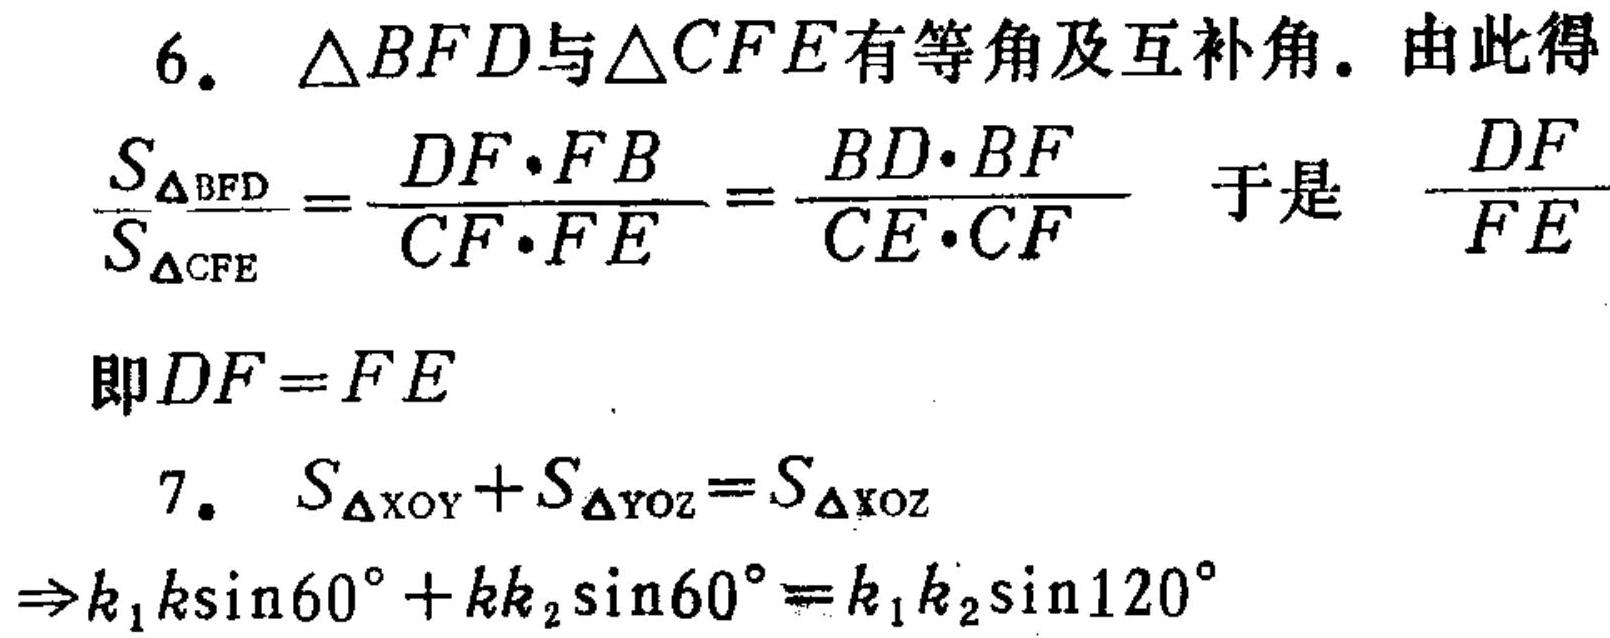
6.  \(\triangle BFD\)与\(\triangle CFE\)有等角及互补角。由此得
\(\frac{S_{\triangle BFD}}{S_{\triangle CFE}}=\frac{DF\cdot FB}{CF\cdot FE}=\frac{BD\cdot BF}{CE\cdot CF}\) 于是 \(\frac{DF}{FE}\)
即\(DF = FE\)
7. \(S_{\triangle XOY}+S_{\triangle YOZ}=S_{\triangle XOZ}\)
\(\Rightarrow k_{1}k\sin60^{\circ}+kk_{2}\sin60^{\circ}=k_{1}k_{2}\sin120^{\circ}\)